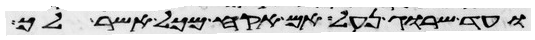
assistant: ועד שרוג נעל אם אקח מכל אשר לך